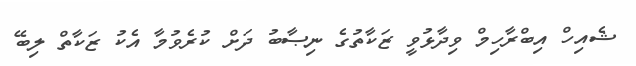
ޝެއިހް އިބްރާހިމް ވިދާޅުވީ ޒަކާތުގެ ނިޞާބު ދަށް ކުރެވުމާ އެކު ޒަކާތް ލިބޭ